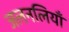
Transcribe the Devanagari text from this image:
जलनलियाँ